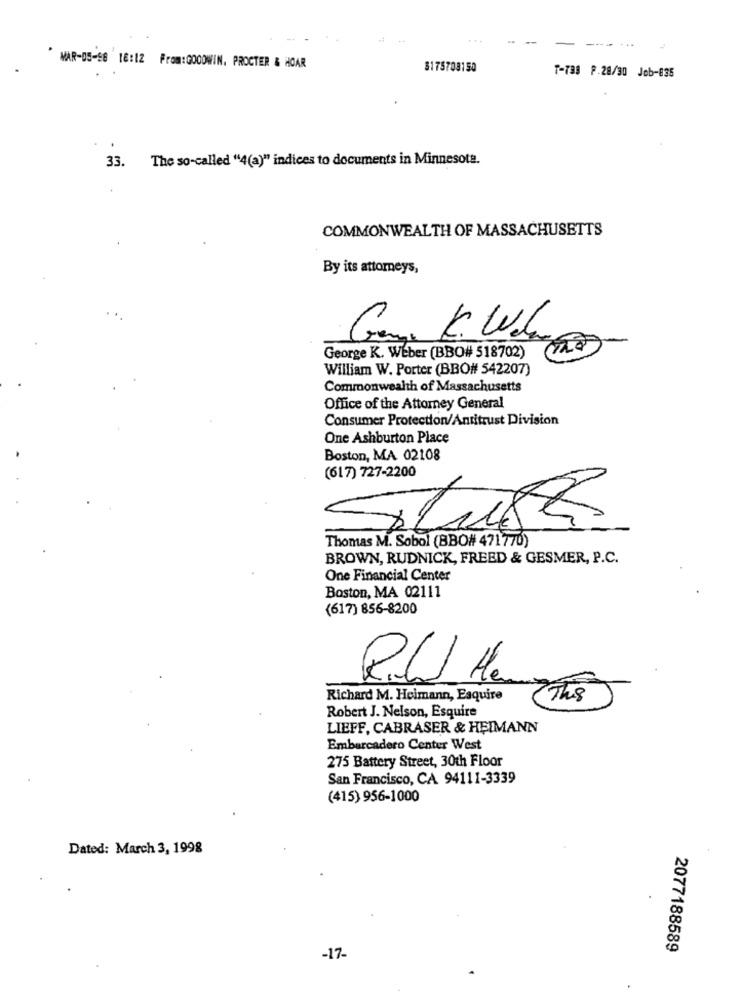
-
MAR-05-98 18:12 From:GOODWIN, PROCTER & HOAR
8175708150
T-733 F.28/30 Job-835
The so-called "4(a)" indices to documents in Minnesota.
33.
COMMONWEALTH OF MASSACHUSETTS
By its attorneys,
George K. Weber (BBO# 518702)
William W. Porter (BBO# 542207)
Commonwealth of Massachusetts
Office of the Attorney General
Consumer Protection/Antitrust Division
One Ashburton Place
Boston, MA 02108
(617) 727-2200
Thomas M. Sobol (BBO# 471770)
BROWN, RUDNICK, FREED & GESMER, P.C.
One Financial Center
Boston, MA 02111
(617) 856-8200
R.W. He
Richard M. Heimann, Esquire
Th8
Robert J. Nelson, Esquire
LIEFF, CABRASER & HEIMANN
Embarcadero Center West
275 Battery Street, 30th Floor
San Francisco, CA 94111-3339
(415) 956-1000
Dated: March 3, 1998
2077188589
-17-